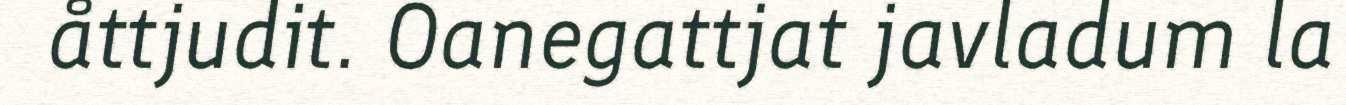
åttjudit. Oanegattjat javladum la